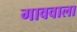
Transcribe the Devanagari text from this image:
गाववाला